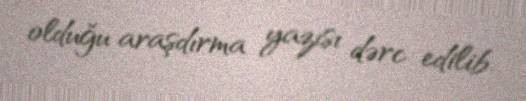
olduğu araşdırma yazısı dərc edilib.